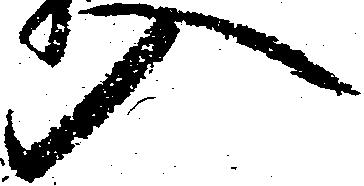
入